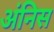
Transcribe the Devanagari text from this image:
अंनिस